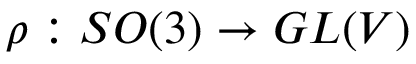
\rho : S O ( 3 ) \rightarrow G L ( V )